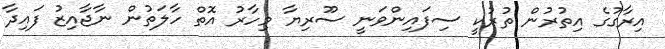
އިރާގުގެ އިތުރުން ތުރުކީ ސިފައިންވަނީ ސޫރިޔާ މިހާރު އޮތް ހާލަތުން ނާޖާއިޒު ފައިދާ